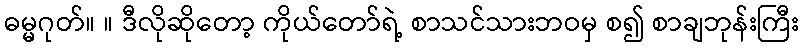
ဓမ္မဂုတ်။ ။ ဒီလိုဆိုတော့ ကိုယ်တော်ရဲ့ စာသင်သားဘဝမှ စ၍ စာချဘုန်းကြီး